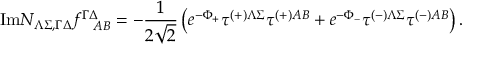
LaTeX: \mathrm { I m } { \cal N } _ { \Lambda \Sigma , \Gamma \Delta } f _ { ~ ~ A B } ^ { \Gamma \Delta } = - { \frac { 1 } { 2 \sqrt { 2 } } } \left( e ^ { - \Phi _ { + } } \tau ^ { \left( + \right) \Lambda \Sigma } \tau ^ { \left( + \right) A B } + e ^ { - \Phi _ { - } } \tau ^ { \left( - \right) \Lambda \Sigma } \tau ^ { \left( - \right) A B } \right) .